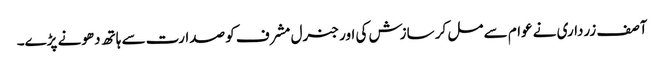
آصف زرداری نے عوام سے مل کر سازش کی اور جنرل مشرف کو صدارت سے ہاتھ دھونے پڑے۔